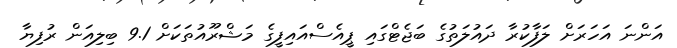
އަންނަ އަހަރަށް ލަފާކުރާ ދައުލަތުގެ ބަޖެޓްގައި ޕީއެސްއައިފީގެ މަޝްރޫއުތަކަށް 9.1 ބިލިއަން ރުފިޔާ